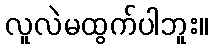
လူလဲမထွက်ပါဘူး။